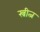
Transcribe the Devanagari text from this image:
स्त्रीत्न